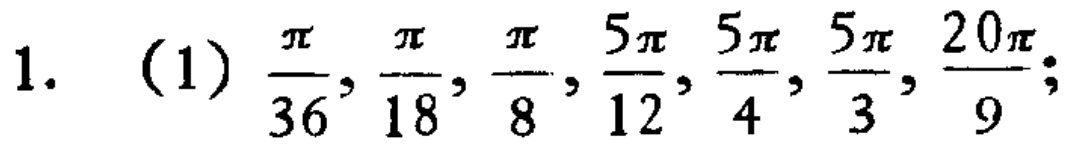
1. (1) $\frac{\pi}{36}, \frac{\pi}{18}, \frac{\pi}{8}, \frac{5\pi}{12}, \frac{5\pi}{4}, \frac{5\pi}{3}, \frac{20\pi}{9};$